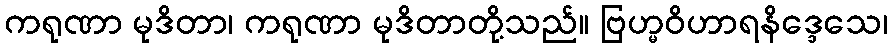
ကရုဏာ မုဒိတာ၊ ကရုဏာ မုဒိတာတို့သည်။ ဗြဟ္မဝိဟာရနိဒ္ဒေသေ၊